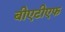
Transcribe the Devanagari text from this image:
बीएटीएफ